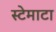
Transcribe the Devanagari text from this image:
स्टेमाटा